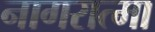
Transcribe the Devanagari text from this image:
नागरात्मा